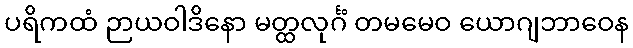
ပရိကထံ ဉာယဝါဒိနော မတ္ထလုင်္ဂံ တမမေဝ ယောဂျဘာဝေန